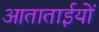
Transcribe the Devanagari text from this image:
आताताईयों